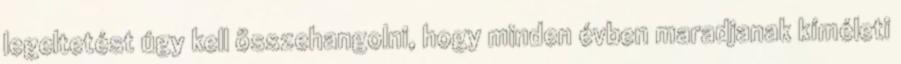
legeltetést úgy kell összehangolni, hogy minden évben maradjanak kíméleti